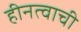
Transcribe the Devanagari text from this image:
हीनत्वाची